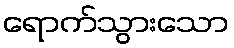
ရောက်သွားသော